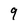
Character: 9